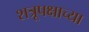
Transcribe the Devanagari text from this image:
शत्रूपक्षाच्या